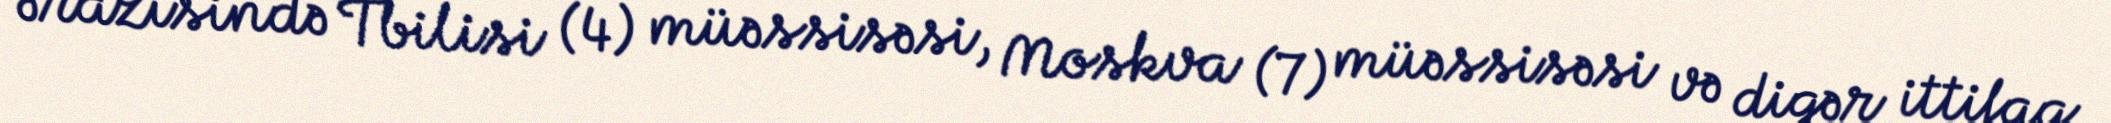
ərazisində Tbilisi (4) müəssisəsi, Moskva (7) müəssisəsi və digər ittifaq